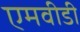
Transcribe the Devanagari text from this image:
एमवीडी